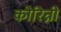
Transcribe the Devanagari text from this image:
कोरिन्नी